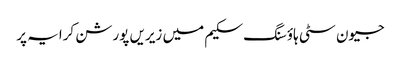
جیون سٹی ہاؤسنگ سکیم میں زیریں پورشن کرایہ پر